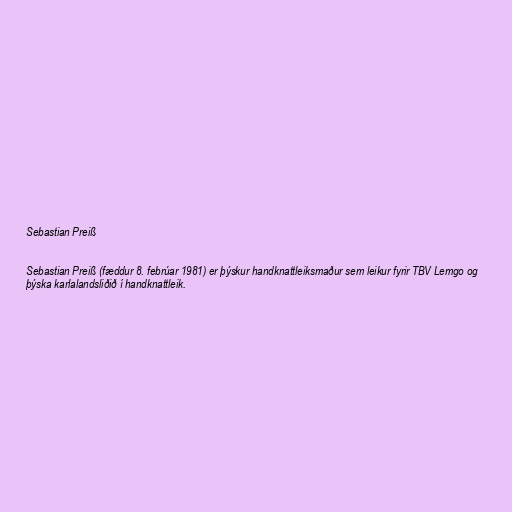
Sebastian Preiß

Sebastian Preiß (fæddur 8. febrúar 1981) er þýskur handknattleiksmaður sem leikur fyrir TBV Lemgo og
þýska karlalandsliðið í handknattleik.